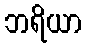
ဘရိယာ